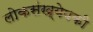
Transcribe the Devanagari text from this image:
लोकसंख्येपकी